Report on the bubonic plague in Bombay, 1896-1897
Year: 1896
Disease focus: Plague
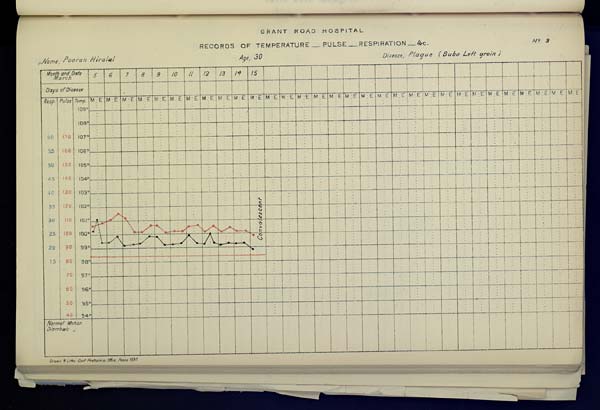
GRANT
ROAD
HOSPITAL
RECORDS OF TEMPERATURE __ PULSE __ RESPIRATION __ &c. No. 3
Name,
Pooran
Hiralal
Age,
30
Disease,
Plague
(Bubo
Left
groin)
Drawn & Litho Govt. Photozinco, Office, Poona 1897.